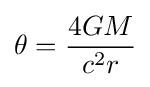
\theta ={\frac {4GM}{c^{2}r}}